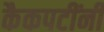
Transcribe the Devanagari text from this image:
कैकपटींनी